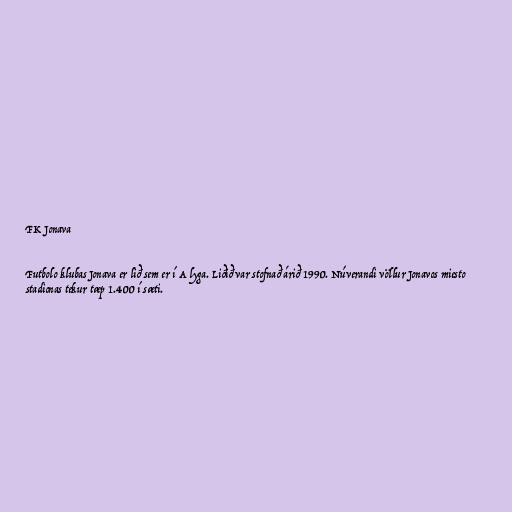
FK Jonava

Futbolo klubas Jonava er lið sem er í A lyga. Liðið var stofnað árið 1990. Núverandi völlur Jonavos miesto
stadionas tekur tæp 1.400 í sæti.